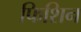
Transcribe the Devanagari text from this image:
फिशिन